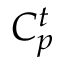
C _ { p } ^ { t }